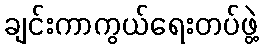
ချင်းကာကွယ်ရေးတပ်ဖွဲ့